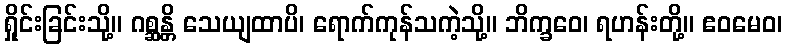
ရှိုင်းခြင်းသို့။ ဂစ္ဆန္တိ သေယျထာပိ၊ ရောက်ကုန်သကဲ့သို့။ ဘိက္ခဝေ၊ ရဟန်းတို့။ ဧဝမေဝ၊